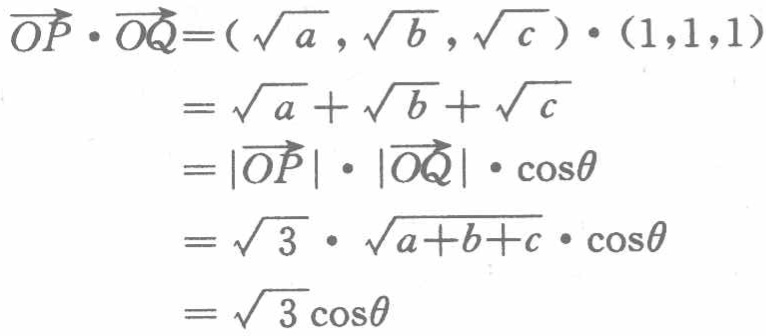
\[\begin{align*}
\overrightarrow{OP} \cdot \overrightarrow{OQ}&=(\sqrt{a},\sqrt{b},\sqrt{c})\cdot(1,1,1)\\
&=\sqrt{a}+\sqrt{b}+\sqrt{c}\\
&=|\overrightarrow{OP}|\cdot|\overrightarrow{OQ}|\cdot\cos\theta\\
&=\sqrt{3}\cdot\sqrt{a + b + c}\cdot\cos\theta\\
&=\sqrt{3}\cos\theta
\end{align*}\]